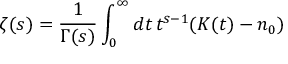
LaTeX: \zeta ( s ) = { \frac { 1 } { \Gamma ( s ) } } \int _ { 0 } ^ { \infty } d t \, t ^ { s - 1 } ( K ( t ) - n _ { 0 } )